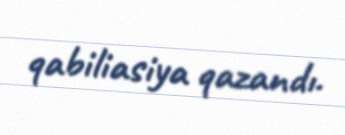
qabiliasiya qazandı.